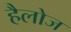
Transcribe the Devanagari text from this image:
हैलोज